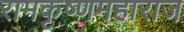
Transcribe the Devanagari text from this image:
रामकृष्णमहाराज